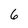
Character: 6